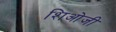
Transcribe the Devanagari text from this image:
शिओजी